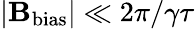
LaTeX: |\mathbf{B}_{\mathrm{bias}}|\ll 2\pi/\gamma\tau